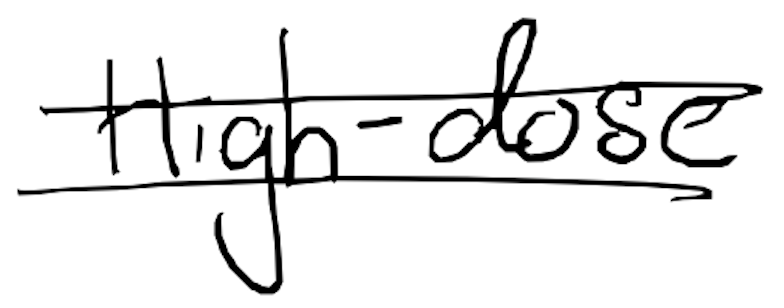
Text: High-dose
Cross-out: double-line
Writing tool: digital_black